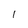
Character: l